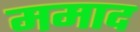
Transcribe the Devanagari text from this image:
ममाद